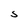
Character: S